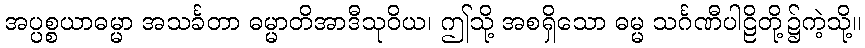
အပ္ပစ္စယာဓမ္မာ အသင်္ခတာ ဓမ္မာတိအာဒီသုဝိယ၊ ဤသို့ အစရှိသော ဓမ္မ သင်္ဂဏီပါဠိတို့၌ကဲ့သို့။